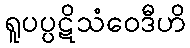
ရူပပ္ပဋိသံဝေဒီဟိ